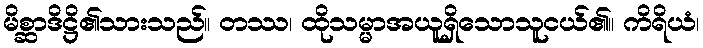
မိစ္ဆာဒိဋ္ဌိ၏သားသည်။ တဿ၊ ထိုသမ္မာအယူရှိသောသူငယ်၏။ ကိရိယံ၊